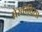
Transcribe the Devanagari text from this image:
प्रेस्कोविया